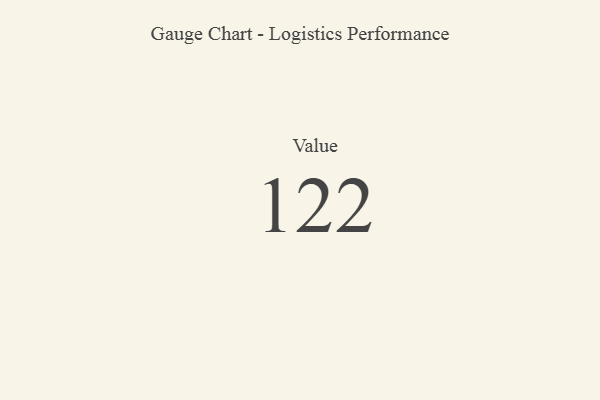
{"axis": {"x": "Metric", "y": "Value"}, "legend": [""], "data": [{"x": "Value", "y": 122, "type": ""}]}